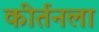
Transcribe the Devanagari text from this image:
कीर्तनला